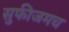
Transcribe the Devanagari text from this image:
सुफीजमच